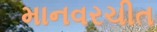
માનવરચીત